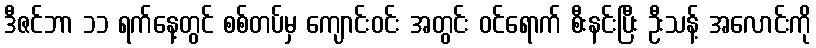
ဒီဇင်ဘာ ၁၁ ရက်နေ့တွင် စစ်တပ်မှ ကျောင်းဝင်း အတွင်း ဝင်ရောက် စီးနင်းပြီး ဦးသန့် အလောင်းကို